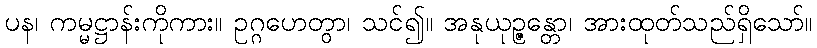
ပန၊ ကမ္မဋ္ဌာန်းကိုကား။ ဥဂ္ဂဟေတွာ၊ သင်၍။ အနုယုဉ္ဇန္တော၊ အားထုတ်သည်ရှိသော်။